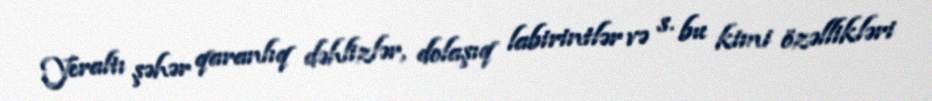
Yeraltı şəhər qaranlıq dəhlizlər, dolaşıq labirintlər və s. bu kimi özəllikləri